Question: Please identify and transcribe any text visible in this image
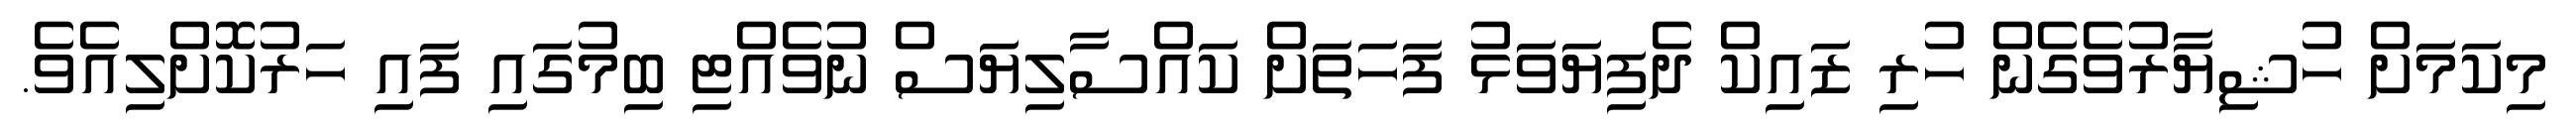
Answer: މިކަމަށް ހުޝިޔާރުވެގެން ހުރި ޒައިކް ދެފިޔަވަޅު ފަހަތަށް ކައްސާލިޔަސް ނުވެއްޓި ބިމުގައި ފައި ހަރުކޮށްލިއެވެ.